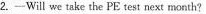
2.—Will we take the PE testnext month?